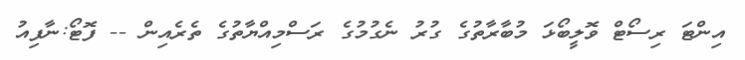
އިންޓަ ރިސޯޓް ވޮލީބޯޅަ މުބާރާތުގެ ގުރު ނެގުމުގެ ރަސްމިއްޔާތުގެ ތެރެއިން -- ފޮޓޯ:ނާފިއު